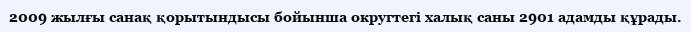
2009 жылғы санақ қорытындысы бойынша округтегі халық саны 2901 адамды құрады.